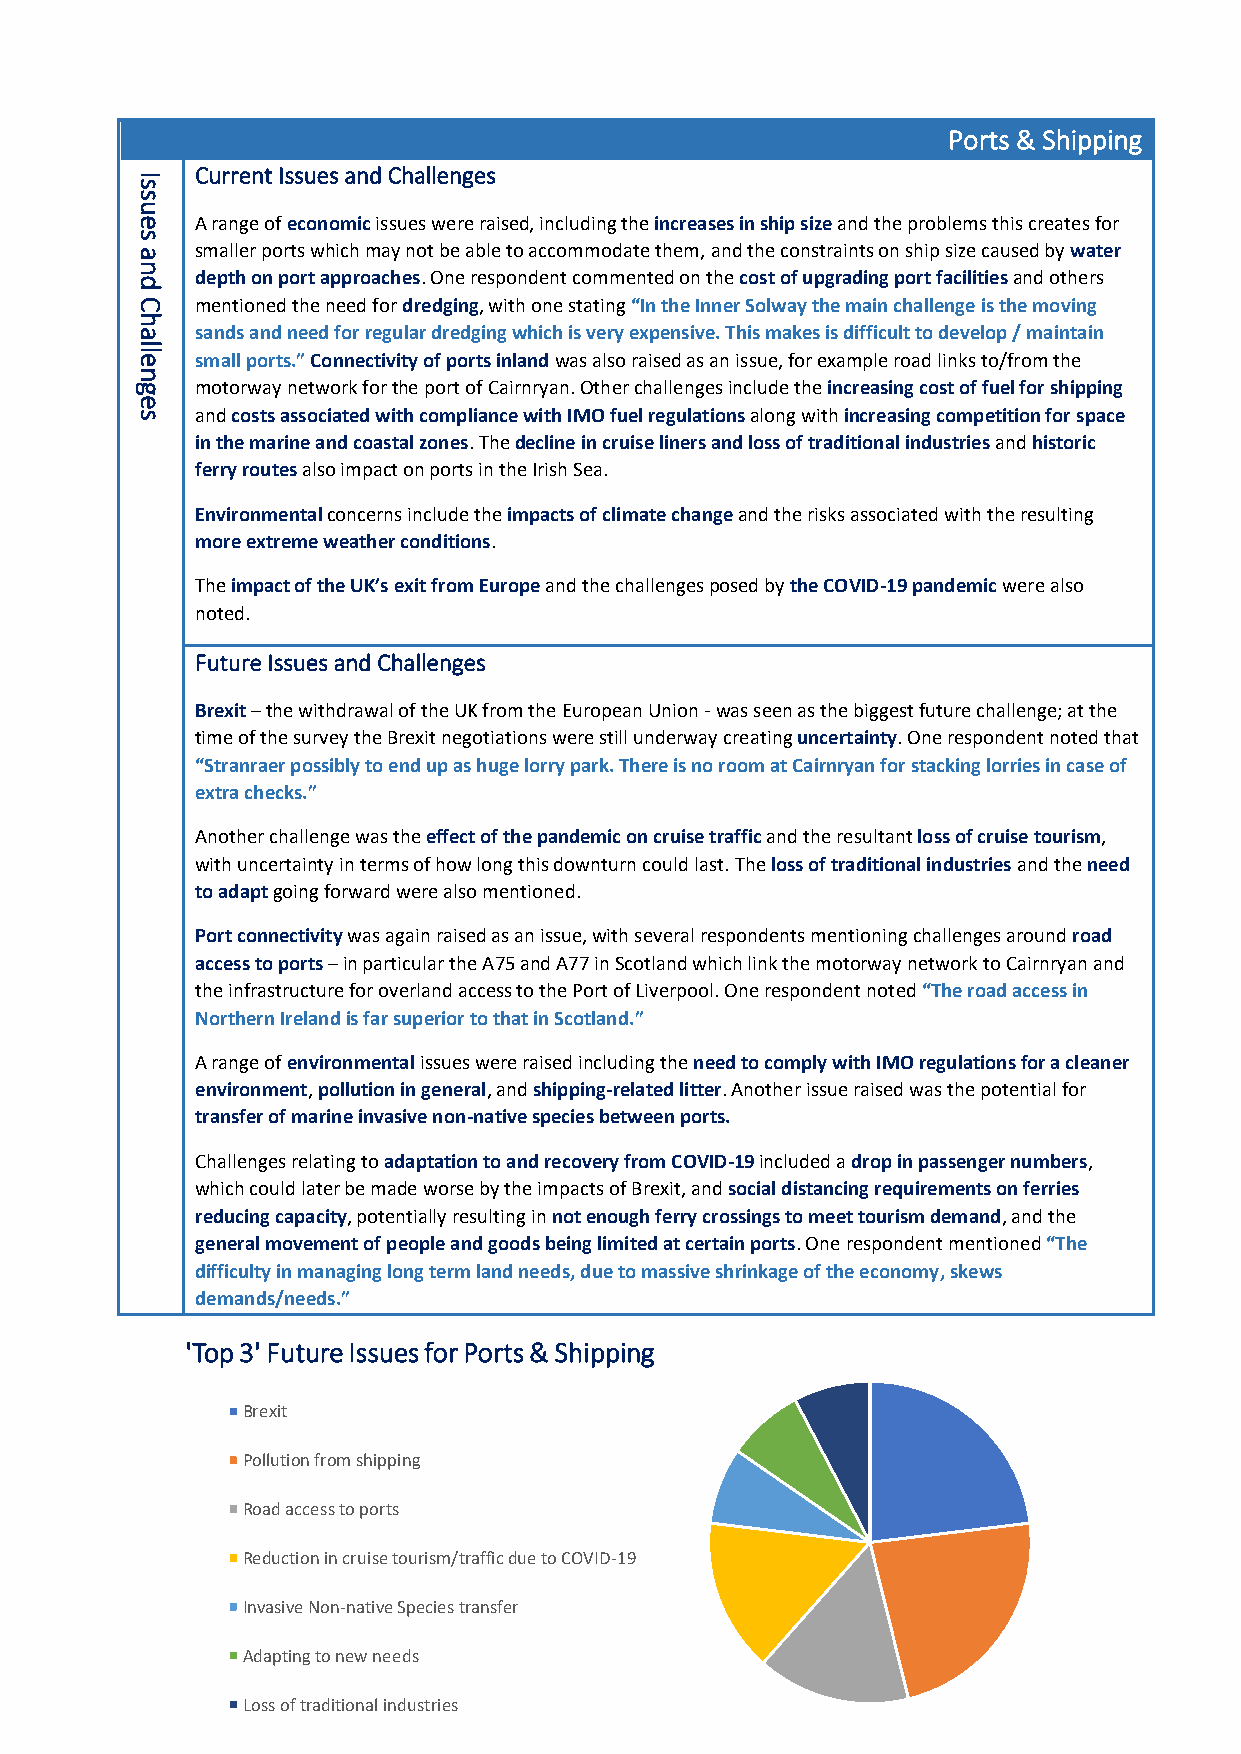
Ports & Shipping
 I
 Current Issues and Challenges
 s
 s
 u
 e   A range of economic issues were raised, including the increases in ship size and the problems this creates for
 s
 a   smaller ports which may not be able to accommodate them, and the constraints on ship size caused by water
 n
 depth on port approaches. One respondent commented on the cost of upgrading port facilities and others
 d
 C   mentioned the need for dredging, with one stating “In the Inner Solway the main challenge is the moving
 h
 a   sands and need for regular dredging which is very expensive. This makes is difficult to develop / maintain
 lle
 small ports.” Connectivity of ports inland was also raised as an issue, for example road links to/from the
 n
 g   motorway network for the port of Cairnryan. Other challenges include the increasing cost of fuel for shipping
 e
 s   and costs associated with compliance with IMO fuel regulations along with increasing competition for space
 in the marine and coastal zones. The decline in cruise liners and loss of traditional industries and historic
 ferry routes also impact on ports in the Irish Sea.
 Environmental concerns include the impacts of climate change and the risks associated with the resulting
 more extreme weather conditions.
 The impact of the UK’s exit from Europe and the challenges posed by the COVID-19 pandemic were also
 noted.
 Future Issues and Challenges
 Brexit – the withdrawal of the UK from the European Union - was seen as the biggest future challenge; at the
 time of the survey the Brexit negotiations were still underway creating uncertainty. One respondent noted that
 “Stranraer possibly to end up as huge lorry park. There is no room at Cairnryan for stacking lorries in case of
 extra checks.”
 Another challenge was the effect of the pandemic on cruise traffic and the resultant loss of cruise tourism,
 with uncertainty in terms of how long this downturn could last. The loss of traditional industries and the need
 to adapt going forward were also mentioned.
 Port connectivity was again raised as an issue, with several respondents mentioning challenges around road
 access to ports – in particular the A75 and A77 in Scotland which link the motorway network to Cairnryan and
 the infrastructure for overland access to the Port of Liverpool. One respondent noted “The road access in
 Northern Ireland is far superior to that in Scotland.”
 A range of environmental issues were raised including the need to comply with IMO regulations for a cleaner
 environment, pollution in general, and shipping-related litter. Another issue raised was the potential for
 transfer of marine invasive non-native species between ports.
 Challenges relating to adaptation to and recovery from COVID-19 included a drop in passenger numbers,
 which could later be made worse by the impacts of Brexit, and social distancing requirements on ferries
 reducing capacity, potentially resulting in not enough ferry crossings to meet tourism demand, and the
 general movement of people and goods being limited at certain ports. One respondent mentioned “The
 difficulty in managing long term land needs, due to massive shrinkage of the economy, skews
 demands/needs.”
 'Top 3' Future Issues for Ports & Shipping
 Brexit
 Pollution from shipping
 Road access to ports
 Reduction in cruise tourism/traffic due to COVID-19
 Invasive Non-native Species transfer
 Adapting to new needs
 Loss of traditional industries